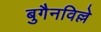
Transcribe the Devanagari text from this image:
बुगैनविल्ले